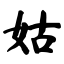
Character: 姑